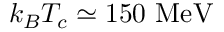
k _ { B } T _ { c } \simeq 1 5 0 \ \mathrm { M e V }